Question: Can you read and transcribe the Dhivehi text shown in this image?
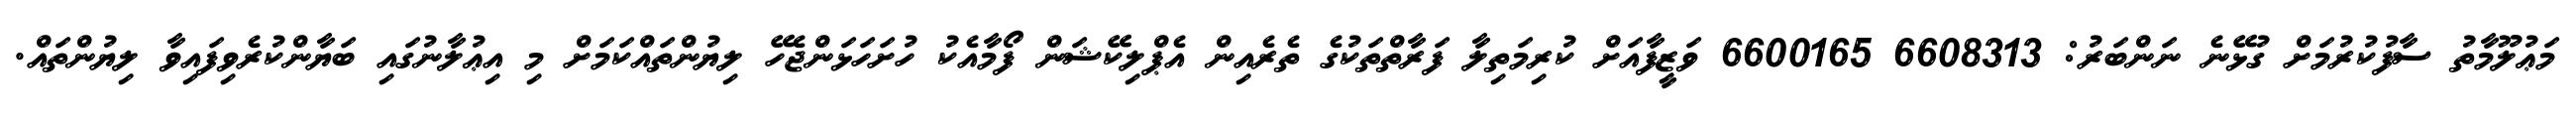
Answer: މަޢުލޫމާތު ސާފުކުރުމަށް ގުޅޭނެ ނަންބަރު: 6608313 6600165 ވަޒީފާއަށް ކުރިމަތިލާ ފަރާތްތަކުގެ ތެރެއިން އެޕްލިކޭޝަން ފޯމާއެކު ހުށަހަޅަންޖެހޭ ލިޔުންތައްކަމަށް މި އިޢުލާނުގައި ބަޔާންކުރެވިފައިވާ ލިޔުންތައް.